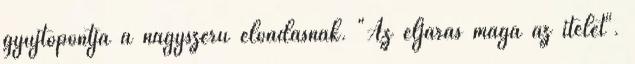
gyújtópontja a nagyszerű előadásnak. "Az eljárás maga az ítélet".